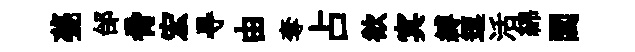
甍邰脅宏㝵由奪占欲㝠縛逗活綿閭